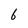
Character: 6